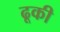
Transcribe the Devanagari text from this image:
ढूकी